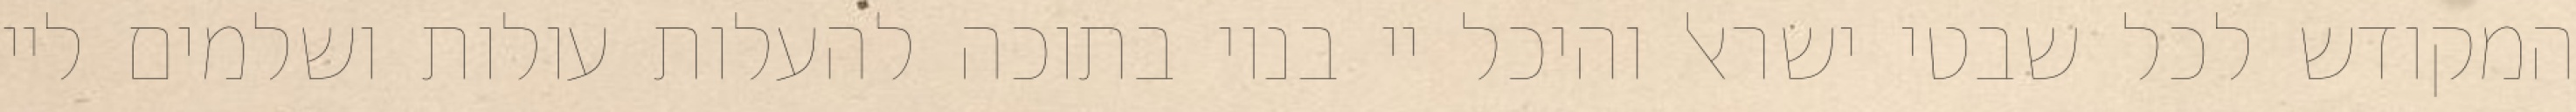
המקודש לכל שבטי ישראל והיכל יי בנוי בתוכה להעלות עולות ושלמים ליי